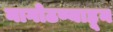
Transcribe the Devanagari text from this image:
नागोठण्याहून